Rules regarding the measures to be adopted on the outbreak of cholera or appearance of small-pox
Disease focus: Cholera
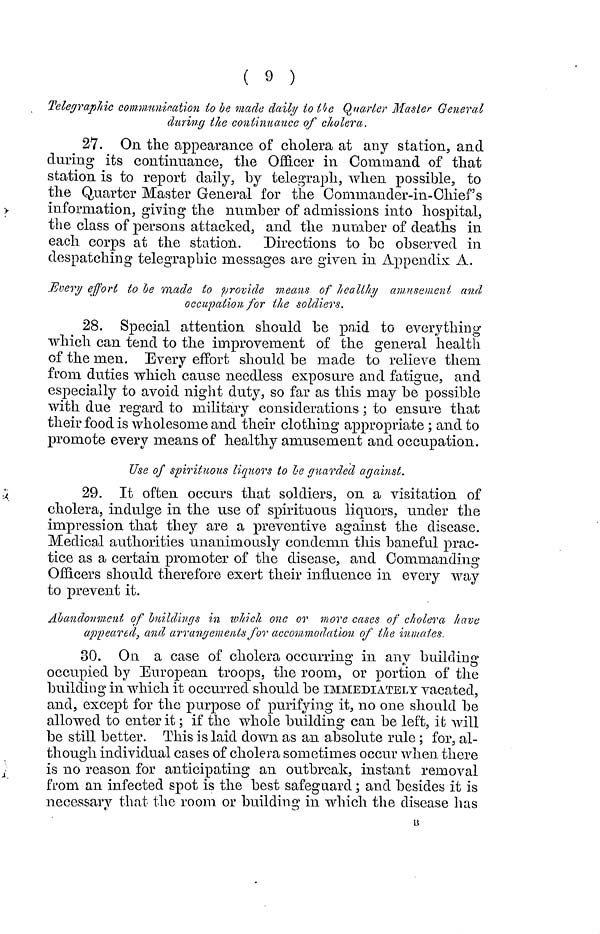
( 9 )
Telegraphie communication to be made daily tο the Quarter Master General
during e continuance of cholera.
27. On the appearance of cholera at any station, and
during its continuance, the Officer in Command of that
station is to report daily, by telegraph, when possible, to
the Quarter Master General for the Conimander-in-Ohief's
information, giving the number of admissions into hospital,
the class of persons attacked, and the number of deaths in
each corps at the station. Directions to be observed in
despatching telegraphic messages are given in Appendix A.
Eνery effort to be made to provide means of healthy amusement and
occupation for the soldiers.
28. Special attention should be paid to everything
which can tend to the improvement of the general health
of the men. Every effort should be made to relieve them
from duties which cause needless exposure and fatigue, and
especially to avoid night duty, so far as this may be possible
with due regard to military considerations ; to ensure that
their food is wholesome and their clothing appropriate ; and to
promote every means of healthy amusement and occupation.
Use of spirituous liquors to lie guarded against.
29. It often occurs that soldiers, on a visitation of
cholera, indulge in the use of spirituous liquors, under the
impression that they are a preventive against the disease.
Medical authorities unanimously condemn this baneful prac-
tice as a certain promoter of the disease, and Commanding
Officers should therefore exert their influence in every way
to prevent it.
Abandonment of buildings in which one or more cases of cholera have
appeared, and arrangements for accommodation of the inmates.
30. On a case of cholera occurring in any building
occupied by European troops, the room, or portion of the
building in which it occurred should be IMMEDIATELY vacated,
and, except for the purpose of purifying it, no one should be
allowed to enter it ; if the whole building can be left, i t will
be still better. This is laid down as an absolute rule ; for, al-
though individual cases of cholera sometimes occur when there
is no reason for anticipating an outbreak, instant removal
from an infected spot is the best safeguard ; and besides it is
necessary that the room or building in which the disease has
B